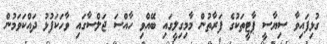
ގުޅިފައިވާ ސިޔާސީ ޕާޓީތަކުގެ ފަރާތުން މާމިގިލީގައި ބޭއްވި ހާއްސަ ޖަލްސާގައި ވާހަކަފުޅު ދައްކަވަމުން